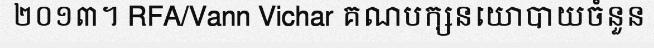
២០១៣។ RFA/Vann Vichar គណបក្សនយោបាយចំនួន